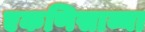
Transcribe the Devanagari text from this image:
एकणिसाव्या